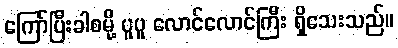
ကြော်ပြီးခါစမို့ ပူပူ လောင်လောင်ကြီး ရှိသေးသည်။